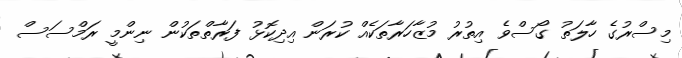
މިސްރުގެ ހާލަތު ގޯސްވެ އިތުރު މުޒާހަރާތަކެއް ކުރަން އިދިކޮޅު ފަރާތްތަކުން ނިންމީ ރަމްސަސް